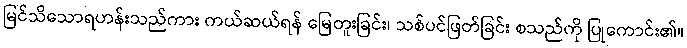
မြင်သိသောရဟန်းသည်ကား ကယ်ဆယ်ရန် မြေတူးခြင်း၊ သစ်ပင်ဖြတ်ခြင်း စသည်ကို ပြုကောင်း၏။